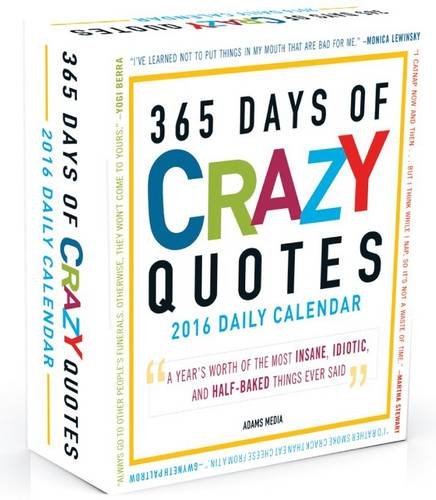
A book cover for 365 Days of Crazy Quotes 2016 Calendar: A Year's Worth of the Most Insane, Idiotic, and Half-Baked Things Ever Said; Adams Media; Calendars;